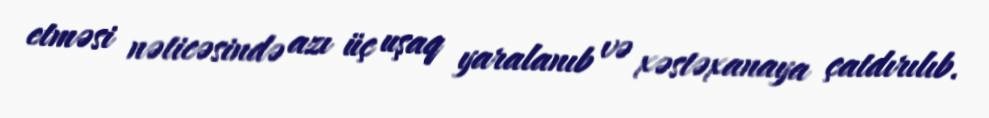
etməsi nəticəsində azı üç uşaq yaralanıb və xəstəxanaya çatdırılıb.